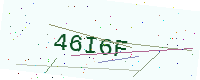
Text: 46I6F